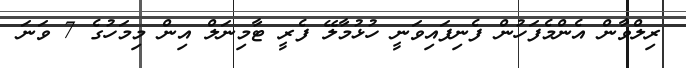
ރިލްވާން އެންމެފަހުން ފެނިފައިވަނީ ހުޅުމާލޭ ފެރީ ޓާމިނަލް އިން މިމަހުގެ 7 ވަނަ